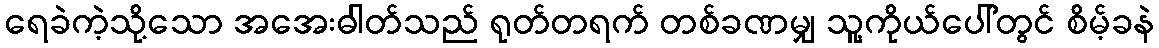
ရေခဲကဲ့သို့သော အအေးဓါတ်သည် ရုတ်တရက် တစ်ခဏမျှ သူ့ကိုယ်ပေါ်တွင် စိမ့်ခနဲ